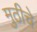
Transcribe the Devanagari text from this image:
मुठीचे